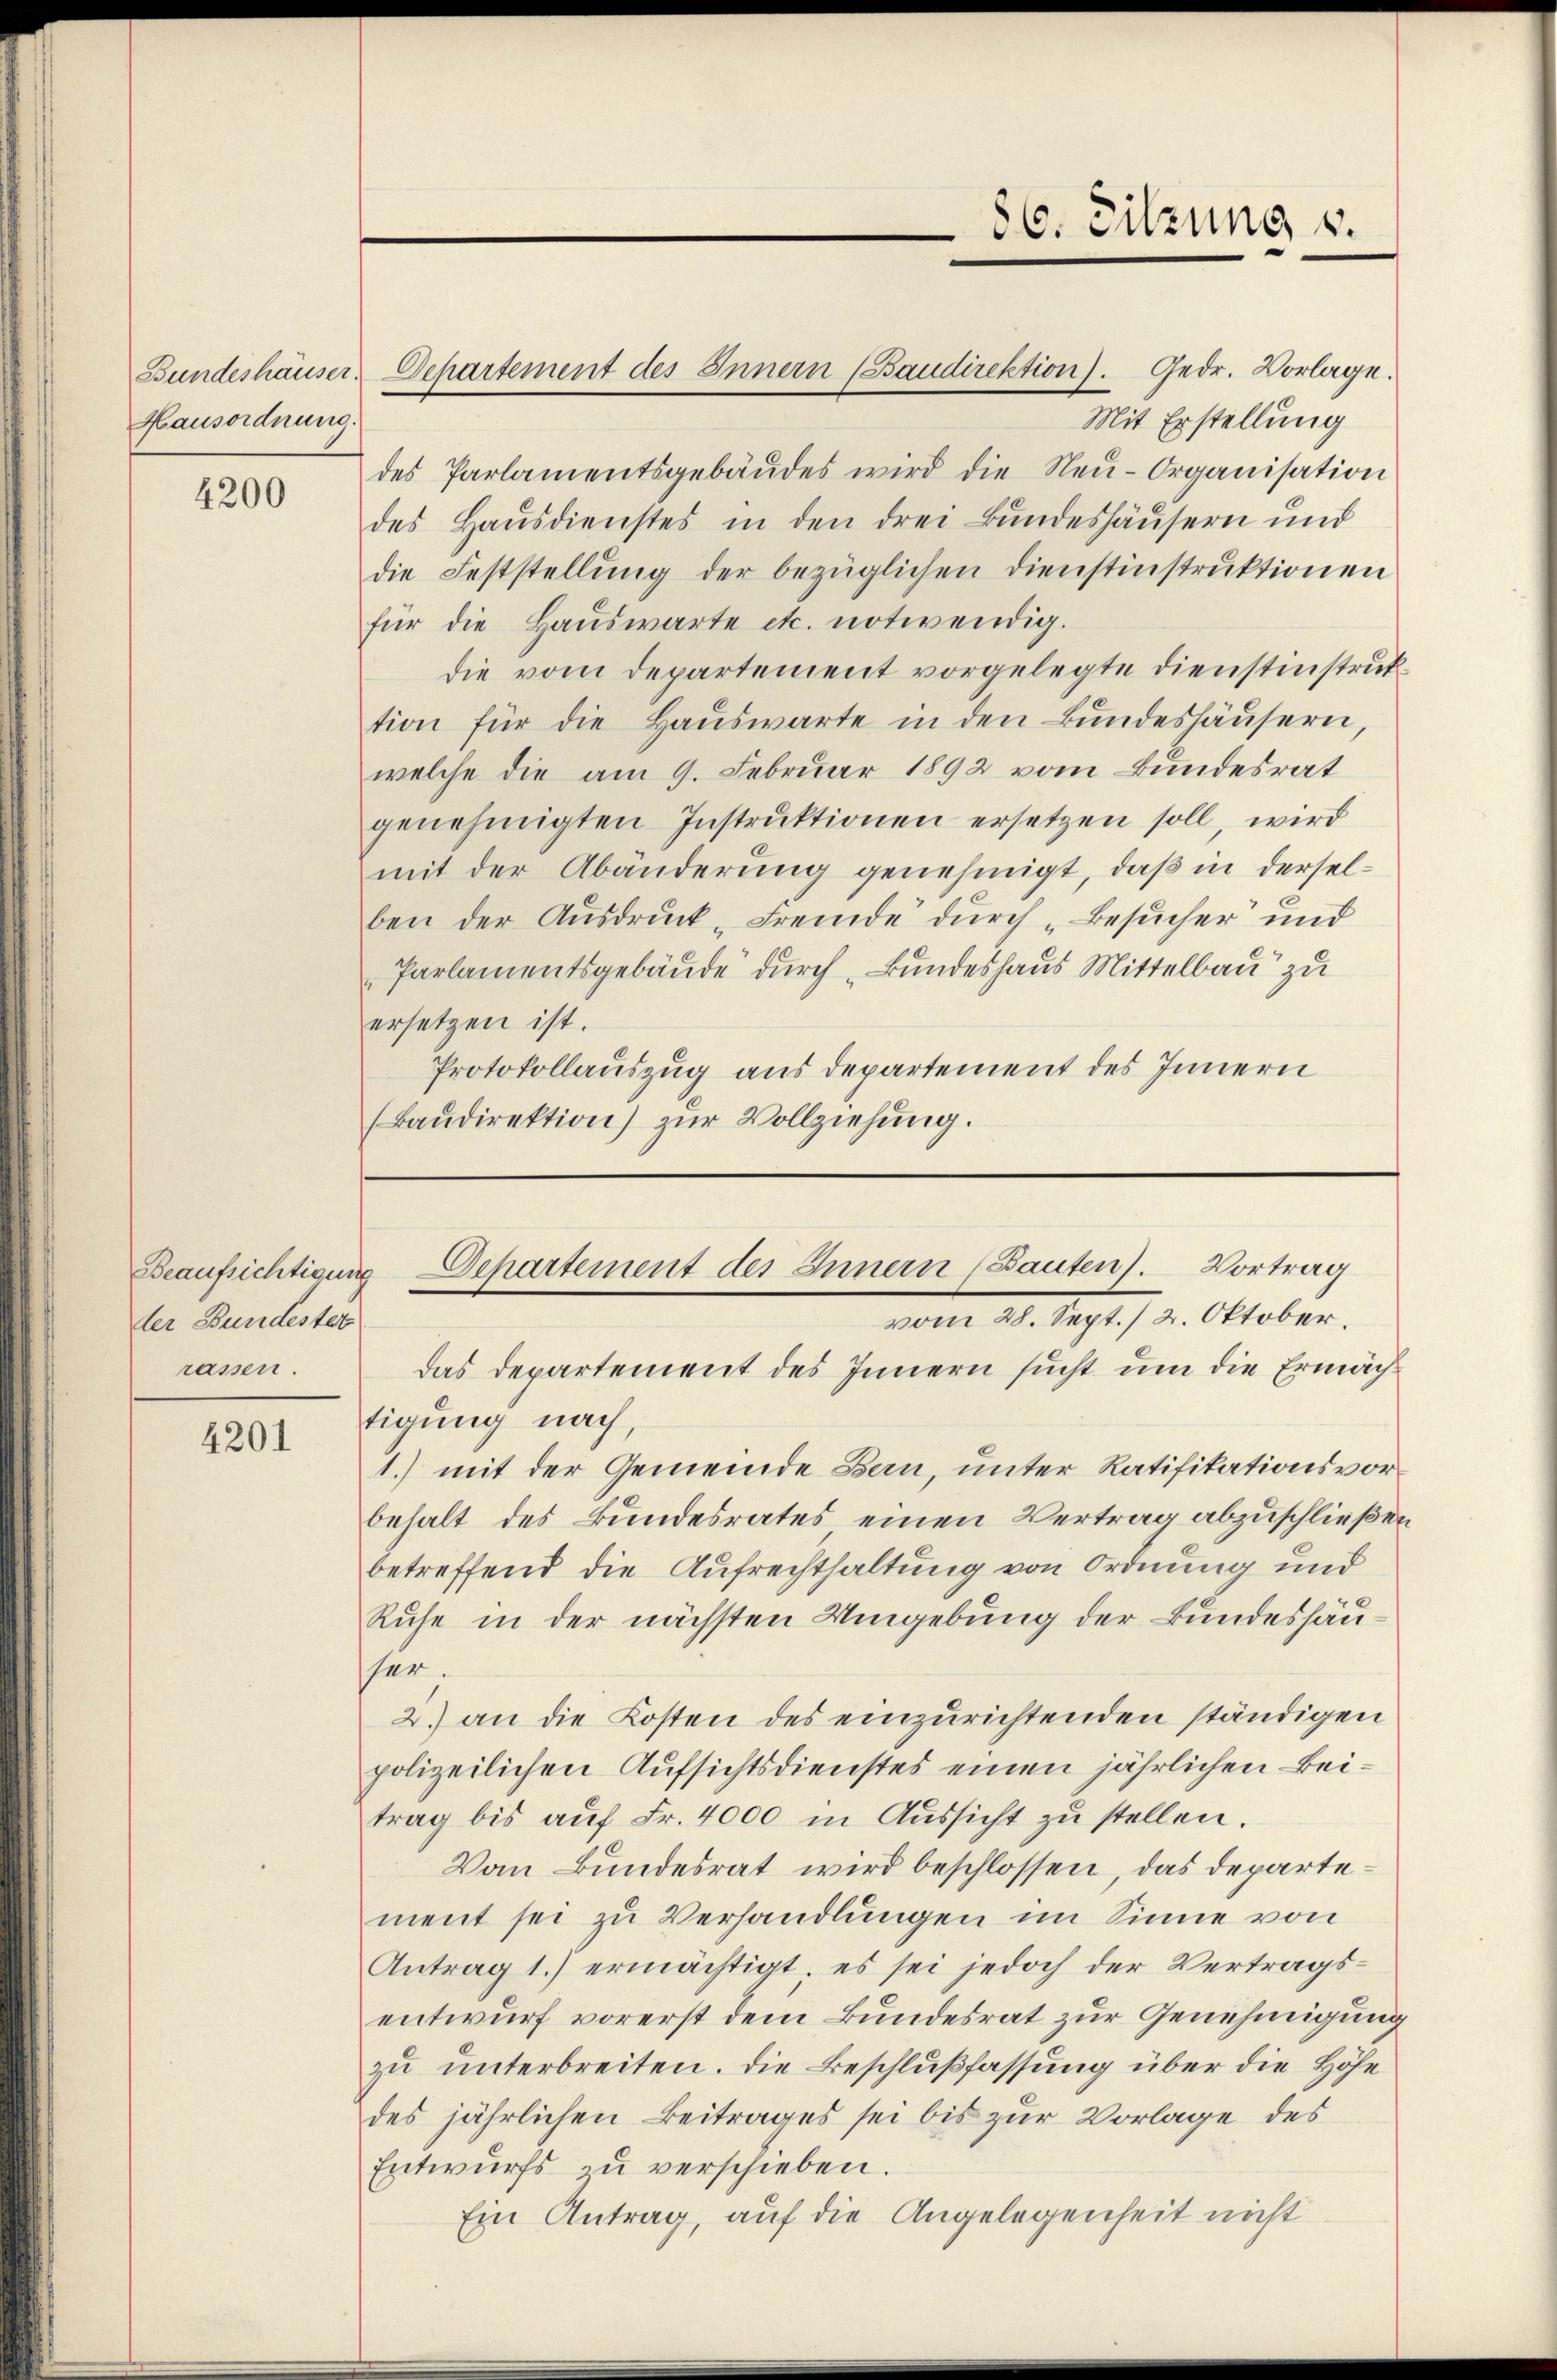
Hausordnung.

4200

Beaufsichtigung
der Bundestet
rassen.

4201

tigung nach,
1.) mit der Gemeinde Bau, unter Ratifikationsvorbehalt des Bundesrates einen Vertrag abzuschließen
betreffend die Aufrechthaltung von Ordnung und
Ruhe in der nächsten Umgebung der Bundeshäuher.
2.) an die Kosten des einzurichtenden ständigen
polizeilichen Aufsichtsdienstes einen jährlichen Beitrag bis aŭf Fr. 4000 in Aŭssicht zŭ stellen.
Von Bundesrat wird beschlossen, das Departement sei zu Verhandlungen im Sinne von
Antrag 1.) ermächtigt, es sei jedoch der Vertrags-
entwurf vorerst dem Bundesrat zur Genehmigung
zu unterbreiten. Die Beschlußfassung über die Höhe
des jährlichen Beitrages sei bis zur Vorlage des
Entwurfs zu verschieben.
Ein Antrag, auf die Angelegenheit nicht

Bundeshäuser. Departement des Innern (Baudirektion). Gedr. Vorlage.

86. Sitzung v.

Mit Erstellung
des Parlamentsgebäŭdes wird die Neŭ-Organisation
des Hausdienstes in den drei Bundeshäusern und
die Feststellŭng der bezüglichen Dienstinstrŭktionen
für die Haŭswarte etc. notwendig.
die vom Departement vorgelegte Dienstinstruktion für die Haŭswarte in den Bŭndeshäŭsern,
welche die am 9. Februar 1892 vom Bundesrat
genehmigten Instruktionen ersetzen soll, wird
mit der Abänderung genehmigt, daß in derselben der Ausdruck „Fremde durch „Besucher und
Parlamentsgebäude durch „Bundeshaus Mittelbau zu
ersetzen ist.
Protokollauszug aus departement des Innern
(Baŭdirektion) zur Vollziehung.

Departement des Innern (Bauten). Vortrag
vom 28. Sept./2. Oktober.
Das Departement des Innern sucht um die Ermäch¬